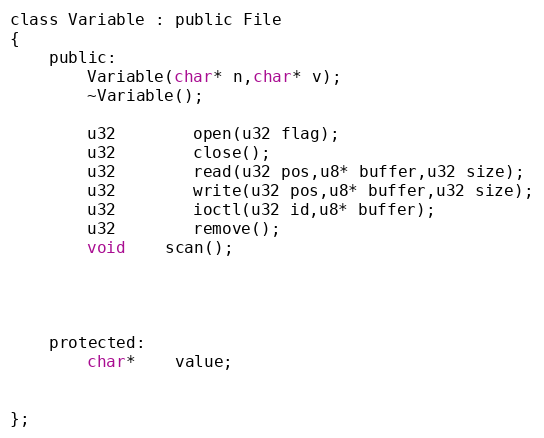
Language: C
class Variable : public File
{
	public:
		Variable(char* n,char* v);
		~Variable();

		u32		open(u32 flag);
		u32		close();
		u32		read(u32 pos,u8* buffer,u32 size);
		u32		write(u32 pos,u8* buffer,u32 size);
		u32		ioctl(u32 id,u8* buffer);
		u32		remove();
		void	scan();

	protected:
		char*	value;

};